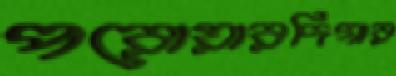
পরোয়ারদিগার